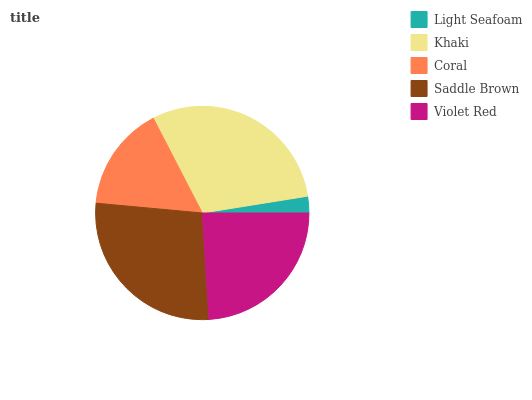
| Light Seafoam | Khaki | Coral | Saddle Brown | Violet Red |
 | --- | --- | --- | --- | --- |
 | 2.51% | 30.1% | 15.9% | 27.5% | 24% |